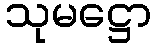
သုမဋ္ဌော